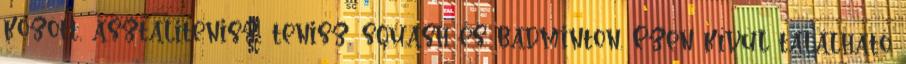
között, asztalitenisz, tenisz, squash és badminton. Ezen kívül található